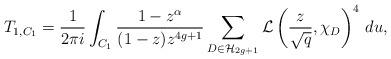
LaTeX: \begin{align*}T_{1,C_1} = \frac{1}{2 \pi i} \int_{C_1} \frac{1 - z^{\alpha}}{(1-z)z^{4g+1}} \sum_{D \in \mathcal{H}_{2g+1}} \mathcal{L} \left( \frac{z}{\sqrt{q}} , \chi_D \right)^4 \, du ,\end{align*}